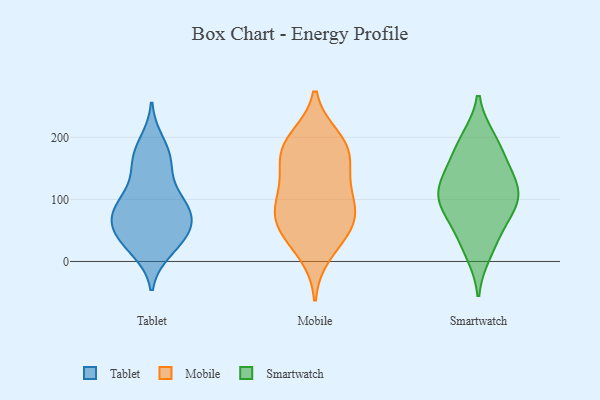
{"axis": {"x": "Website Visitors", "y": "Value"}, "legend": ["Mobile", "Smartwatch", "Tablet"], "data": [{"x": "", "y": 73, "type": "Tablet"}, {"x": "", "y": 22, "type": "Tablet"}, {"x": "", "y": 34, "type": "Tablet"}, {"x": "", "y": 87, "type": "Tablet"}, {"x": "", "y": 101, "type": "Tablet"}, {"x": "", "y": 192, "type": "Tablet"}, {"x": "", "y": 87, "type": "Tablet"}, {"x": "", "y": 18, "type": "Tablet"}, {"x": "", "y": 43, "type": "Tablet"}, {"x": "", "y": 84, "type": "Tablet"}, {"x": "", "y": 157, "type": "Tablet"}, {"x": "", "y": 57, "type": "Tablet"}, {"x": "", "y": 164, "type": "Tablet"}, {"x": "", "y": 135, "type": "Tablet"}, {"x": "", "y": 50, "type": "Tablet"}, {"x": "", "y": 175, "type": "Tablet"}, {"x": "", "y": 56, "type": "Tablet"}, {"x": "", "y": 92, "type": "Tablet"}, {"x": "", "y": 174, "type": "Mobile"}, {"x": "", "y": 191, "type": "Mobile"}, {"x": "", "y": 92, "type": "Mobile"}, {"x": "", "y": 107, "type": "Mobile"}, {"x": "", "y": 54, "type": "Mobile"}, {"x": "", "y": 158, "type": "Mobile"}, {"x": "", "y": 49, "type": "Mobile"}, {"x": "", "y": 13, "type": "Mobile"}, {"x": "", "y": 183, "type": "Mobile"}, {"x": "", "y": 198, "type": "Mobile"}, {"x": "", "y": 98, "type": "Mobile"}, {"x": "", "y": 136, "type": "Mobile"}, {"x": "", "y": 69, "type": "Mobile"}, {"x": "", "y": 58, "type": "Mobile"}, {"x": "", "y": 159, "type": "Smartwatch"}, {"x": "", "y": 88, "type": "Smartwatch"}, {"x": "", "y": 107, "type": "Smartwatch"}, {"x": "", "y": 194, "type": "Smartwatch"}, {"x": "", "y": 14, "type": "Smartwatch"}, {"x": "", "y": 153, "type": "Smartwatch"}, {"x": "", "y": 64, "type": "Smartwatch"}, {"x": "", "y": 86, "type": "Smartwatch"}, {"x": "", "y": 110, "type": "Smartwatch"}, {"x": "", "y": 197, "type": "Smartwatch"}, {"x": "", "y": 35, "type": "Smartwatch"}, {"x": "", "y": 127, "type": "Smartwatch"}, {"x": "", "y": 114, "type": "Smartwatch"}]}